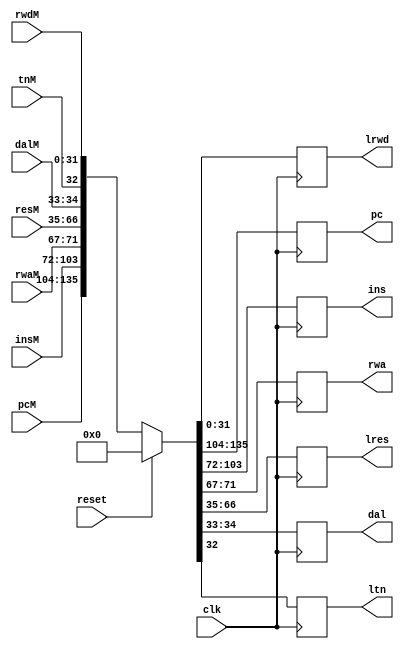
`timescale 1ns / 1ps

// rpc, ar, drd
module MEM_WB (
    input clk,
    input reset,
    input [31:0] pcM,
    input [31:0] insM,
    input [4:0] rwaM,
    input [31:0] resM,
    input [1:0] dalM,
    input tnM,
    input [31:0] rwdM,
    output reg [31:0] pc,
    output reg [31:0] ins,
    output reg [4:0] rwa,
    output reg [31:0] lres,
    output reg [1:0] dal,
    output reg ltn,
    output reg [31:0] lrwd
    );

    always @(posedge clk)
        { pc,  ins,  rwa,  lres, dal,  ltn, lrwd } <= reset ? 0 :
        { pcM, insM, rwaM, resM, dalM, tnM, rwdM };

endmodule